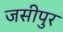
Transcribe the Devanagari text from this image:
जसीपुर